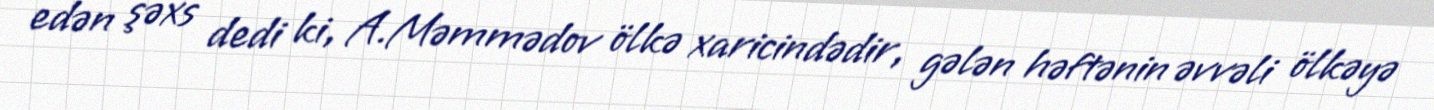
edən şəxs dedi ki, A.Məmmədov ölkə xaricindədir, gələn həftənin əvvəli ölkəyə